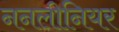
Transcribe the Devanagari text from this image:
ननलीनियर